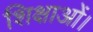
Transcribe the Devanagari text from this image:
शिक्षाओं।